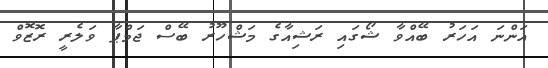
އަންނަ އަހަރު ބޭއްވާ ޝޯގައި ރަޝިއާގެ މަޝްހޫރު ބޭސް ޖަމްޕާ ވަލެރީ ރޮޒޮވް